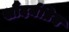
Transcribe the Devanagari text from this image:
सौंदर्यप्रिय